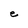
Character: e